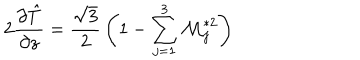
LaTeX: 2 { \frac { \partial \hat { T } } { \partial z } } = { \frac { \sqrt { 3 } } { 2 } } \left( 1 - \sum _ { j = 1 } ^ { 3 } { \cal M } _ { j } ^ { * 2 } \right)